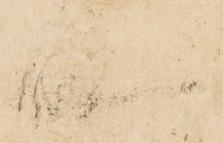
殿